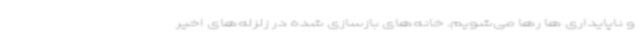
و ناپایداری ها رها می‌شویم. خانه‌های بازسازی شده در زلزله‌های اخیر